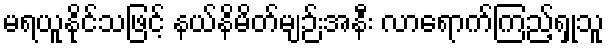
မရယူနိုင်သဖြင့် နယ်နိမိတ်မျဉ်းအနီး လာရောက်ကြည့်ရှုသူ